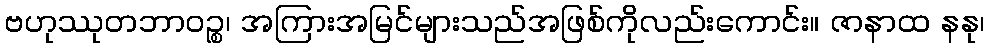
ဗဟုဿုတဘာဝဉ္စ၊ အကြားအမြင်များသည်အဖြစ်ကိုလည်းကောင်း။ ဇာနာထ နနု၊